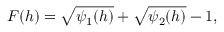
F ( h ) = \sqrt { \psi _ { 1 } ( h ) } + \sqrt { \psi _ { 2 } ( h ) } - 1 ,